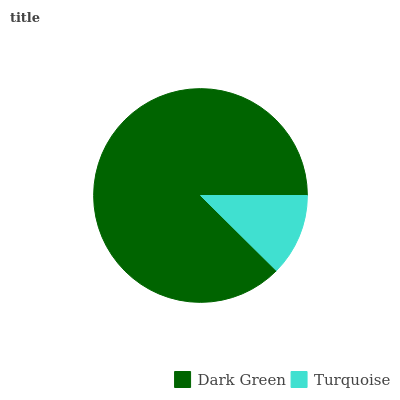
| Dark Green | Turquoise |
 | --- | --- |
 | 87.6% | 12.4% |